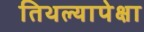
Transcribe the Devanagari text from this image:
तिथल्यापेक्षा